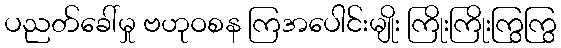
ပညတ်ခေါ်မှု ဗဟုဝစန ကြအပေါင်းမျိုး ကြိုးကြိုးကြွကြွ